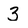
Character: 3